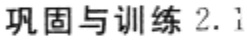
巩固与训练 2.1